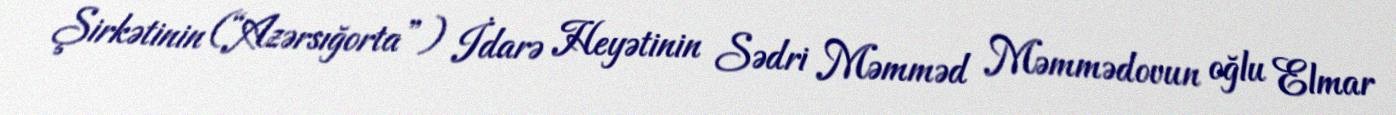
Şirkətinin (“Azərsığorta”) İdarə Heyətinin Sədri Məmməd Məmmədovun oğlu Elmar